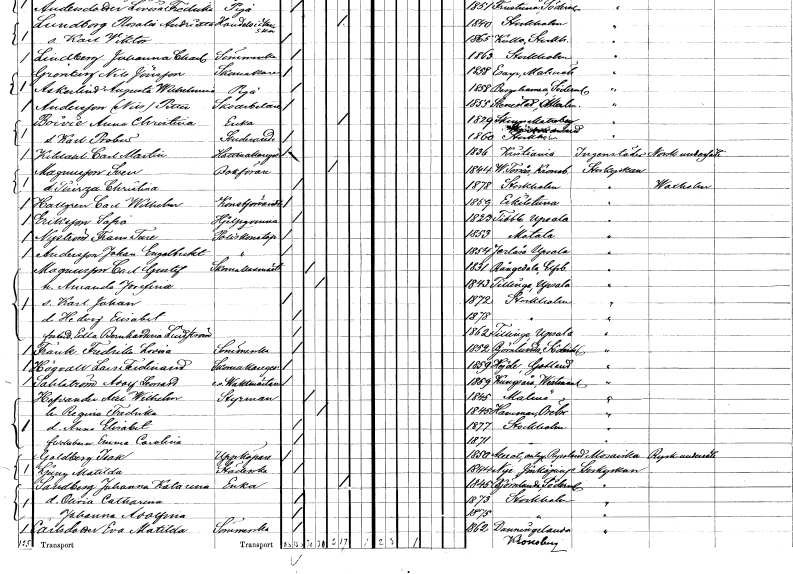
gt_parse: households: individuals: FN: Carl Martin
EN: Kildahl
YRKE: Hattmakaregesäll
KON: M
CIV: O
FODAR: 1836
FN: Sven
EN: Magnusson
YRKE: Bokförare
KON: M
CIV: E
FODAR: 1844
FODFORS: Västra Torsås Kronobergs län
FN: Thereza Christina
KON: K
CIV: O
FODAR: 1878
FODFORS: Stockholm
FN: Carl Wilhelm
EN: Hallgren
YRKE: Konstförvandt
KON: M
CIV: O
FODAR: 1859
FODFORS: Eskilstuna Södermanlands län
FN: Sofia
EN: Eriksson
YRKE: Hjälpkvinna
KON: K
CIV: O
FODAR: 1823
FODFORS: Tibble Uppsala län
FN: Frans Ture
EN: Nyström
YRKE: Poliskonstapel
KON: M
CIV: O
FODAR: 1853
FODFORS: Motala Östergötlands län
FN: Johan Engelbrekt
EN: Andersson
YRKE: Poliskonstapel
KON: M
CIV: O
FODAR: 1854
FODFORS: Järlåsa Uppsala län
FN: Carl Gustaf
EN: Magnusson
YRKE: Skomakarmäster
KON: M
CIV: G
FODAR: 1831
FODFORS: Rångedala Älvsborgs län
FN: Amanda Josefina
KON: K
CIV: G
FODAR: 1843
FODFORS: Tillinge Uppsala län
FN: Karl Johan
KON: M
CIV: O
FODAR: 1872
FODFORS: Stockholm
FN: Hedvig Elisabet
KON: K
CIV: O
FODAR: 1878
FODFORS: Stockholm
FN: Edla Bernhardina
EN: Lindström
KON: K
CIV: O
FODAR: 1862
FODFORS: Tillinge Uppsala län
FN: Fredrika Lovisa
EN: Frank
YRKE: Sömmerska
KON: K
CIV: O
FODAR: 1852
FODFORS: Björnlunda Södermanlands län
FN: Lars Ferdinand
EN: Högvall
YRKE: Skomakaregesäll
KON: M
CIV: O
FODAR: 1859
FODFORS: Hejde Gotlands län
FN: Adolf Leonard
EN: Sahlström
YRKE: Vaktmästare e. o.
KON: M
CIV: O
FODAR: 1859
FODFORS: Kungsåra Västmanlands län
FN: Axel Wilhelm
EN: Hofvander
YRKE: Styrman
KON: M
CIV: G
FODAR: 1845
FODFORS: Malmö Malmöhus län
FN: Regina Fredrika
KON: K
CIV: G
FODAR: 1845
FODFORS: Hammar Örebro län
FN: Anna Elisabet
KON: K
CIV: O
FODAR: 1877
FODFORS: Stockholm
FN: Emma Carolina
KON: K
CIV: O
FODAR: 1871
FODFORS: Stockholm
FN: Isak
EN: Goldberg
YRKE: Uppköpare
KON: M
CIV: O
FODAR: 1850
FN: Matilda
EN: Ljung
YRKE: Städerska
KON: K
CIV: O
FODAR: 1844
FODFORS: Nye Jönköpings län
FN: Johanna Katarina
EN: Sandberg
YRKE: Änka
KON: K
CIV: E
FODAR: 1845
FODFORS: Björnlunda Södermanlands län
FN: Olivia Catharina
KON: K
CIV: O
FODAR: 1873
FODFORS: Stockholm
FN: Johanna Adolfina
KON: K
CIV: O
FODAR: 1875
FODFORS: Stockholm
FN: Eva Matilda
EN: Carlsdotter
YRKE: Sömmerska
KON: K
CIV: O
FODAR: 1862
FODFORS: Dänningelanda Kronobergs län